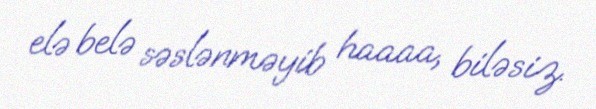
elə belə səslənməyib haaaa, biləsiz.